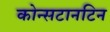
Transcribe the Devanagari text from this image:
कोन्सटानटिन